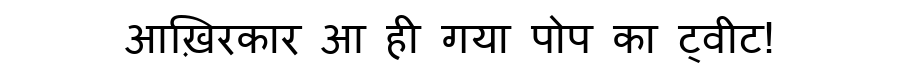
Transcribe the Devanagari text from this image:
आख़िरकार आ ही गया पोप का ट्वीट!